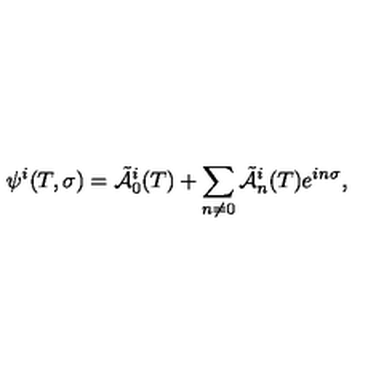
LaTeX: \psi ^ { i } ( T , \sigma ) = \tilde { \cal A } \vphantom { \cal A } _ { 0 } ^ { i } ( T ) + \sum _ { n \not = 0 } \tilde { \cal A } \vphantom { \cal A } _ { n } ^ { i } ( T ) e ^ { i n \sigma } ,